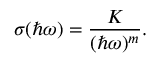
\sigma ( \hbar \omega ) = \frac { K } { ( \hbar \omega ) ^ { m } } .